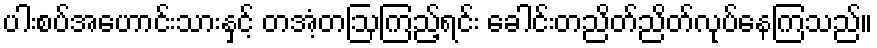
ပါးစပ်အဟောင်းသားနှင့် တအံ့တဩကြည့်ရင်း ခေါင်းတညိတ်ညိတ်လုပ်နေကြသည်။